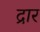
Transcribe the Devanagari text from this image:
द्रार